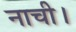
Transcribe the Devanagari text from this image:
नाची।